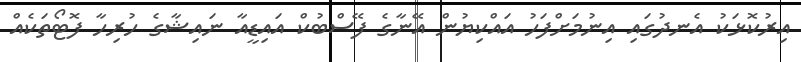
އިރުކޮޅަކު އެނދުގައި އިނުމަށްފަހު އައްކިޔުން އޭނާގެ ފޭސްބުކް އައިޑީއާ ނައިޝާގެ ހުރިހާ ފޮޓޯތަކެއް